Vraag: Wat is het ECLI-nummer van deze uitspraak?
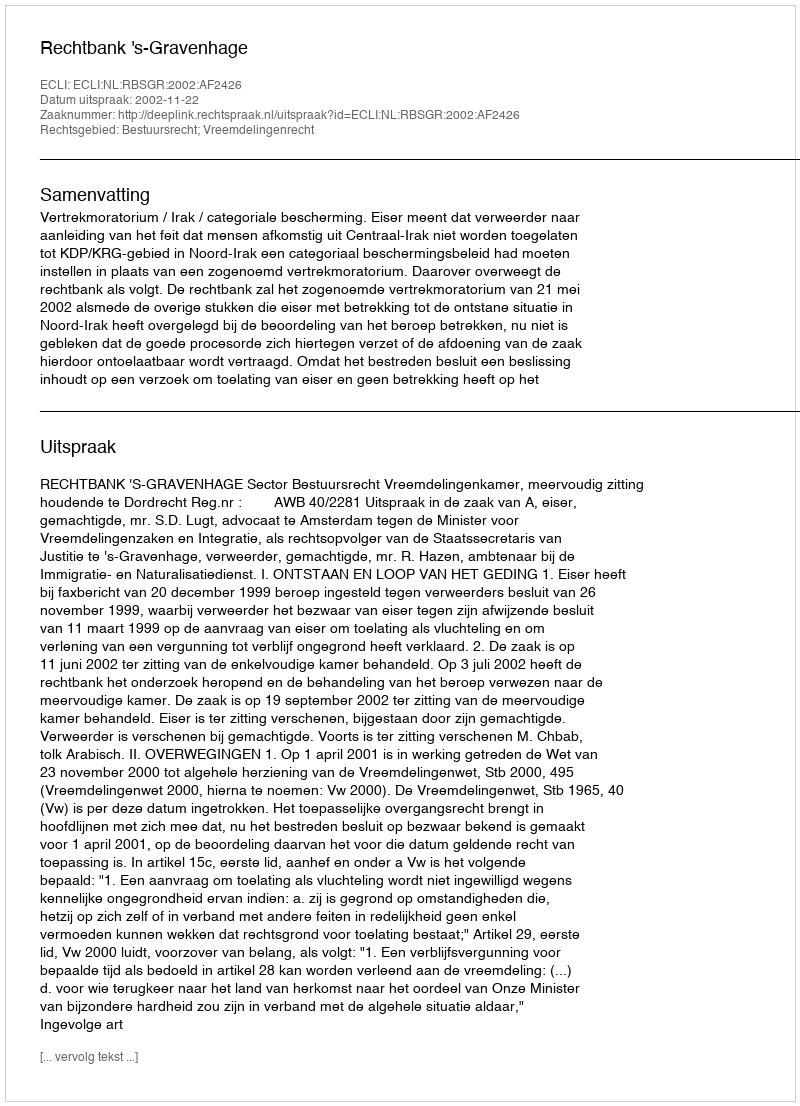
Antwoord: ECLI:NL:RBSGR:2002:AF2426